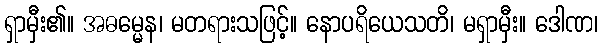
ရှာမှီး၏။ အဓမ္မေန၊ မတရားသဖြင့်။ နောပရိယေသတိ၊ မရှာမှီး။ ဒေါဏ၊